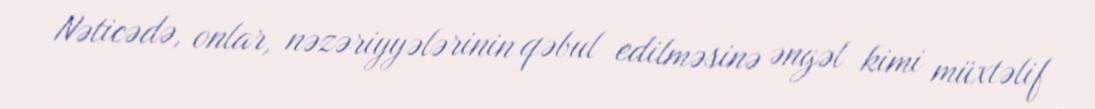
Nəticədə, onlar, nəzəriyyələrinin qəbul edilməsinə əngəl kimi müxtəlif